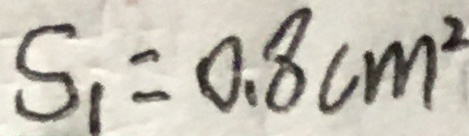
S _ { 1 } = 0 . 8 c m ^ { 2 }